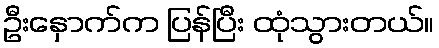
ဦးနှောက်က ပြန်ပြီး ထုံသွားတယ်။